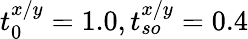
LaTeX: t_{0}^{x/y}=1.0,t_{so}^{x/y}=0.4